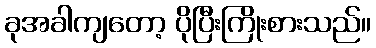
ခုအခါကျတော့ ပိုပြီးကြိုးစားသည်။